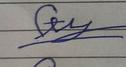
Signature authenticity: forged